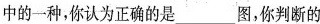
中的一种，你认为正确的是___图，你判断的